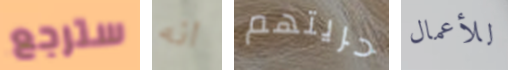
سترجع انه حريتهم للأعمال